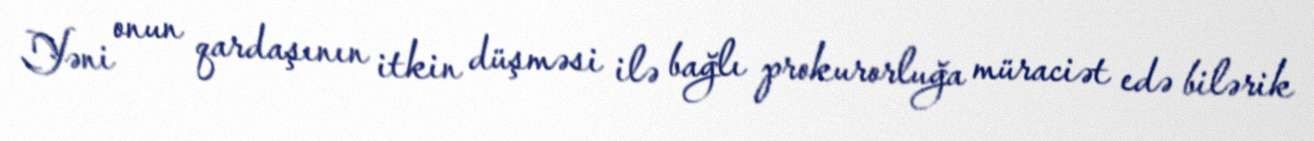
Yəni onun qardaşının itkin düşməsi ilə bağlı prokurorluğa müraciət edə bilərik